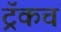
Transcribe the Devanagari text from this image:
ट्रॅकचं